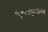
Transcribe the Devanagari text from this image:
अर्धचल